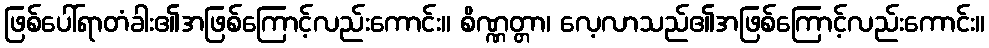
ဖြစ်ပေါ်ရာတံခါး၏အဖြစ်ကြောင့်လည်းကောင်း။ စိဏ္ဏတ္တာ၊ လေ့လာသည်၏အဖြစ်ကြောင့်လည်းကောင်း။